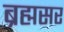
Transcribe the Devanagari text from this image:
ब्रह्मसर